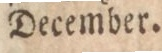
December.